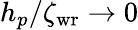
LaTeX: h_{p}/\zeta_{\mathrm{wr}}\rightarrow 0